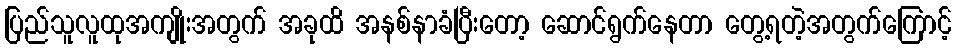
ပြည်သူလူထုအကျိုးအတွက် အခုထိ အနစ်နာခံပြီးတော့ ဆောင်ရွက်နေတာ တွေ့ရတဲ့အတွက်ကြောင့်